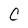
Character: C